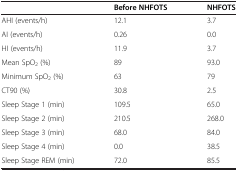
<table><thead><tr><td>[EMPTY_CELL]</td><td><b>Before NHFOTS</b></td><td><b>NHFOTS</b></td></tr></thead><tbody><tr><td>AHI (events/h)</td><td>12.1</td><td>3.7</td></tr><tr><td>AI (events/h)</td><td>0.26</td><td>0.0</td></tr><tr><td>HI (events/h)</td><td>11.9</td><td>3.7</td></tr><tr><td>Mean SpO<sub>2</sub> (%)</td><td>89</td><td>93.0</td></tr><tr><td>Minimum SpO<sub>2</sub> (%)</td><td>63</td><td>79</td></tr><tr><td>CT90 (%)</td><td>30.8</td><td>2.5</td></tr><tr><td>Sleep Stage 1 (min)</td><td>109.5</td><td>65.0</td></tr><tr><td>Sleep Stage 2 (min)</td><td>210.5</td><td>268.0</td></tr><tr><td>Sleep Stage 3 (min)</td><td>68.0</td><td>84.0</td></tr><tr><td>Sleep Stage 4 (min)</td><td>0.0</td><td>38.5</td></tr><tr><td>Sleep Stage REM (min)</td><td>72.0</td><td>85.5</td></tr></tbody></table>